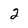
Character: 2